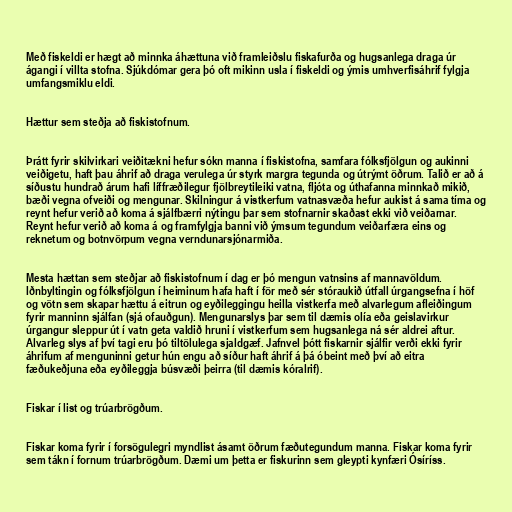
Með fiskeldi er hægt að minnka áhættuna við framleiðslu fiskafurða og hugsanlega draga úr
ágangi í villta stofna. Sjúkdómar gera þó oft mikinn usla í fiskeldi og ýmis umhverfisáhrif fylgja
umfangsmiklu eldi.

Hættur sem steðja að fiskistofnum.

Þrátt fyrir skilvirkari veiðitækni hefur sókn manna í fiskistofna, samfara fólksfjölgun og aukinni
veiðigetu, haft þau áhrif að draga verulega úr styrk margra tegunda og útrýmt öðrum. Talið er að á
síðustu hundrað árum hafi líffræðilegur fjölbreytileiki vatna, fljóta og úthafanna minnkað mikið,
bæði vegna ofveiði og mengunar. Skilningur á vistkerfum vatnasvæða hefur aukist á sama tíma og
reynt hefur verið að koma á sjálfbærri nýtingu þar sem stofnarnir skaðast ekki við veiðarnar.
Reynt hefur verið að koma á og framfylgja banni við ýmsum tegundum veiðarfæra eins og
reknetum og botnvörpum vegna verndunarsjónarmiða.

Mesta hættan sem steðjar að fiskistofnum í dag er þó mengun vatnsins af mannavöldum.
Iðnbyltingin og fólksfjölgun í heiminum hafa haft í för með sér stóraukið útfall úrgangsefna í höf
og vötn sem skapar hættu á eitrun og eyðileggingu heilla vistkerfa með alvarlegum afleiðingum
fyrir manninn sjálfan (sjá ofauðgun). Mengunarslys þar sem til dæmis olía eða geislavirkur
úrgangur sleppur út í vatn geta valdið hruni í vistkerfum sem hugsanlega ná sér aldrei aftur.
Alvarleg slys af því tagi eru þó tiltölulega sjaldgæf. Jafnvel þótt fiskarnir sjálfir verði ekki fyrir
áhrifum af menguninni getur hún engu að síður haft áhrif á þá óbeint með því að eitra
fæðukeðjuna eða eyðileggja búsvæði þeirra (til dæmis kóralrif).

Fiskar í list og trúarbrögðum.

Fiskar koma fyrir í forsögulegri myndlist ásamt öðrum fæðutegundum manna. Fiskar koma fyrir
sem tákn í fornum trúarbrögðum. Dæmi um þetta er fiskurinn sem gleypti kynfæri Ósíríss.